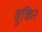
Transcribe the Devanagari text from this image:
वुकिर